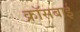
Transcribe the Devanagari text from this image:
क्रॉसबाई